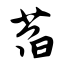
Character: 萏